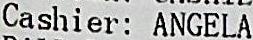
CASHIER: ANGELA